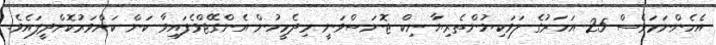
އެހެންނަމަވެސް 25 އަހަރުގެ ލަވަކިޔުންތެރިޔާ ނިކް ޖޮނަސްވަނީ މިދެމީހުން އެންގޭޖްވެފައިވާ ކަން ކަށްވަރުކޮށްދީފައެވެ.